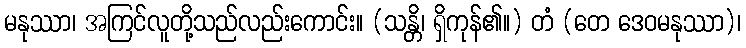
မနုဿာ၊ အကြင်လူတို့သည်လည်းကောင်း။ (သန္တိ၊ ရှိကုန်၏။) တံ (တေ ဒေဝမနုဿာ)၊